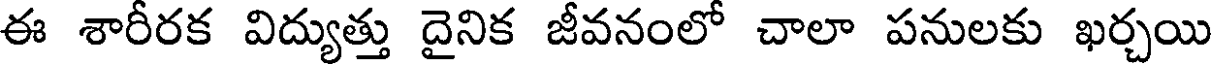
ఈ శారీరక విద్యుత్తు దైనిక జీవనంలో చాలా పనులకు ఖర్చయి